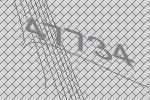
47734